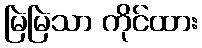
မြဲမြဲသာ ကိုင်ထား